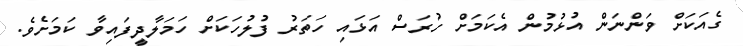
ގެއަކަށް ވަންނަން އުޅުމުން އެކަމަށް ހުރަސް އަޅައި ހަތަރު ފުލުހަކަށް ހަމަލާދީފައިވާ ކަމަށެވެ.